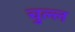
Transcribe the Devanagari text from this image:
चुल्ल